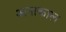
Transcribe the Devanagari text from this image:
अनाकाल